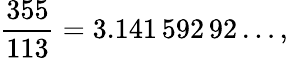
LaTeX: {\frac{355}{113}}=3.141\, 592\, 92\ldots,